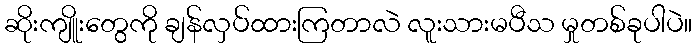
ဆိုးကျိူးတွေကို ချန်လှပ်ထားကြတာလဲ လူးသားမပီသ မှုတစ်ခုပါပဲ။